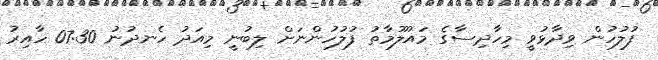
ފުލުހުން ވިދާޅުވީ މިހާދިސާގެ މައުލޫމާތު ފުލުހުންނަށް ލިބުނީ މިއަދު ހެނދުނު 07:30 ހާއިރު